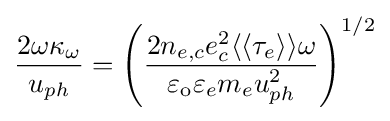
{\frac {2\omega \kappa _{\omega }}{u_{ph}}}=\left({\frac {2n_{e,c}e_{c}^{2}\langle \langle \tau _{e}\rangle \rangle \omega }{\varepsilon _{\mathrm {o} }\varepsilon _{e}m_{e}u_{ph}^{2}}}\right)^{1/2}